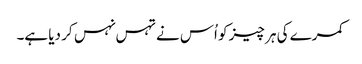
کمرے کی ہر چیز کو اُس نے تہس نہس کر دیا ہے۔